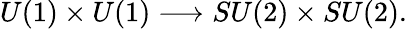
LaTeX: U(1)\times U(1)\longrightarrow SU(2)\times SU(2).